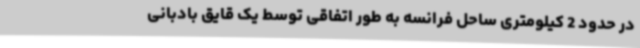
در حدود 2 کیلومتری ساحل فرانسه به ‌طور اتفاقی توسط یک قایق بادبانی